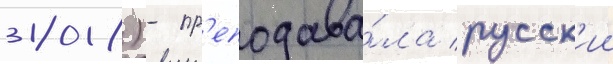
2018) - пр'еподава́ла русск'ии